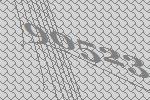
90523